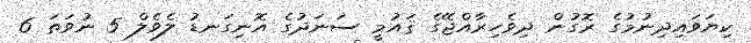
ކިޔަވައިދިނުމުގެ ރޮގުން ދިވެހިރާއްޖޭގެ ޤައުމީ ސަނަދުގެ އޮނިގަނޑު ލެވެލް 5 ނުވަތަ 6